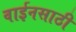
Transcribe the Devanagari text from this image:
वाईनसाठी